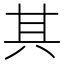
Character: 其